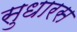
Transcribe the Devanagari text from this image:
सुधारस